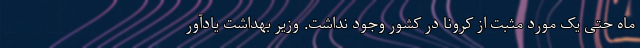
ماه حتی یک مورد مثبت از کرونا در کشور وجود نداشت. وزیر بهداشت یادآور